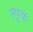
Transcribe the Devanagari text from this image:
स्पूक